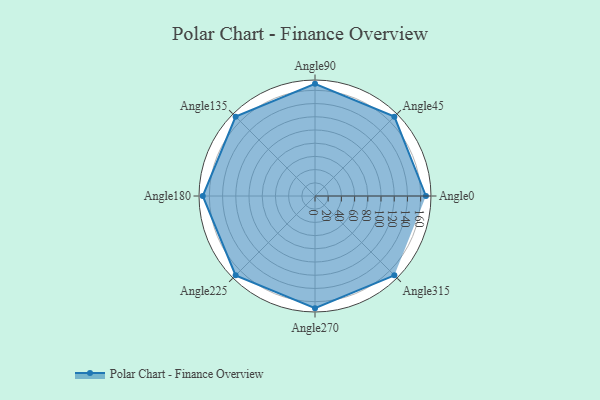
{"axis": {"x": "Angle", "y": "Radius"}, "legend": [""], "data": [{"x": "Angle0", "y": 168.0, "type": ""}, {"x": "Angle45", "y": 170, "type": ""}, {"x": "Angle90", "y": 170, "type": ""}, {"x": "Angle135", "y": 170, "type": ""}, {"x": "Angle180", "y": 170, "type": ""}, {"x": "Angle225", "y": 170, "type": ""}, {"x": "Angle270", "y": 170, "type": ""}, {"x": "Angle315", "y": 170, "type": ""}]}